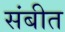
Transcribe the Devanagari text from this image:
संबीत